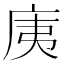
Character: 𭙚